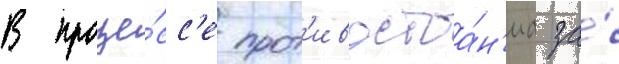
В проце́сс'е прот'ивостоа́н'иа за́